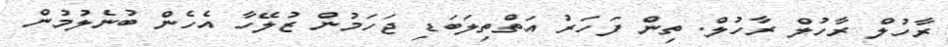
ރާހުލް ރާހުލް ރާހުލް. ތިން ފަހަރު އަތްތިލަބަޑި ޖަހަމުން ޒުލޭހާ އެހެން ބުނެލުމުން